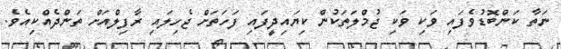
ނަތާ ކަންބޮޑުވެފައި ވަކި ވަކި ޖުމްލަތަކުން ކިޔައިދީފައި ފަހަތަށް ޖެހިލައި ރާފިލްއަށް ތަންދެއްކިއެވެ.